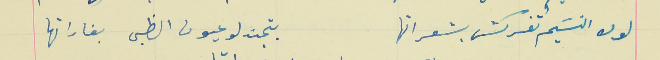
لولا النسَيم تفركش بشعراتها                                بتجندلو عيون الظبى بغاراتها